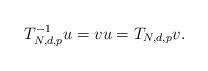
LaTeX: \begin{align*}T_{N,d,p}^{-1}u=vu=T_{N,d,p}v.\end{align*}